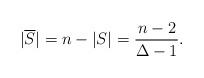
LaTeX: \begin{align*}|\overline{S}|=n-|S|=\frac{n-2}{\Delta-1}.\end{align*}